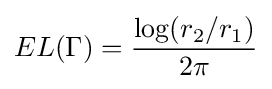
EL(\Gamma )={\frac {\log(r_{2}/r_{1})}{2\pi }}